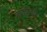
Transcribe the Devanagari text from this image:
हायड्रेंजिया